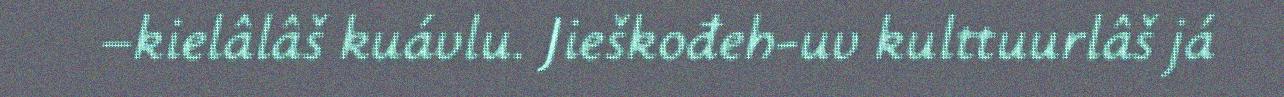
–kielâlâš kuávlu. Jieškođeh-uv kulttuurlâš já